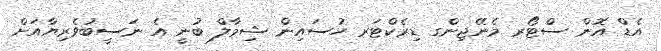
އެޑް އޮން ސްޓޯރ މެނޭޖިންގ ޑިރެކްޓަރ ހުސައިން ޝިމާލް ބުނީ އެ ނަސީބުވެރިޔާއަށް